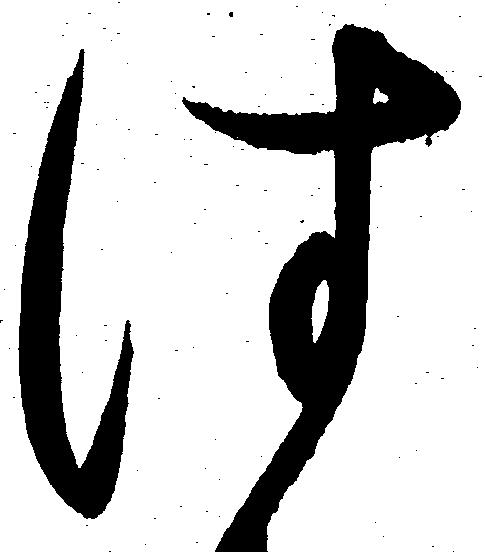
は